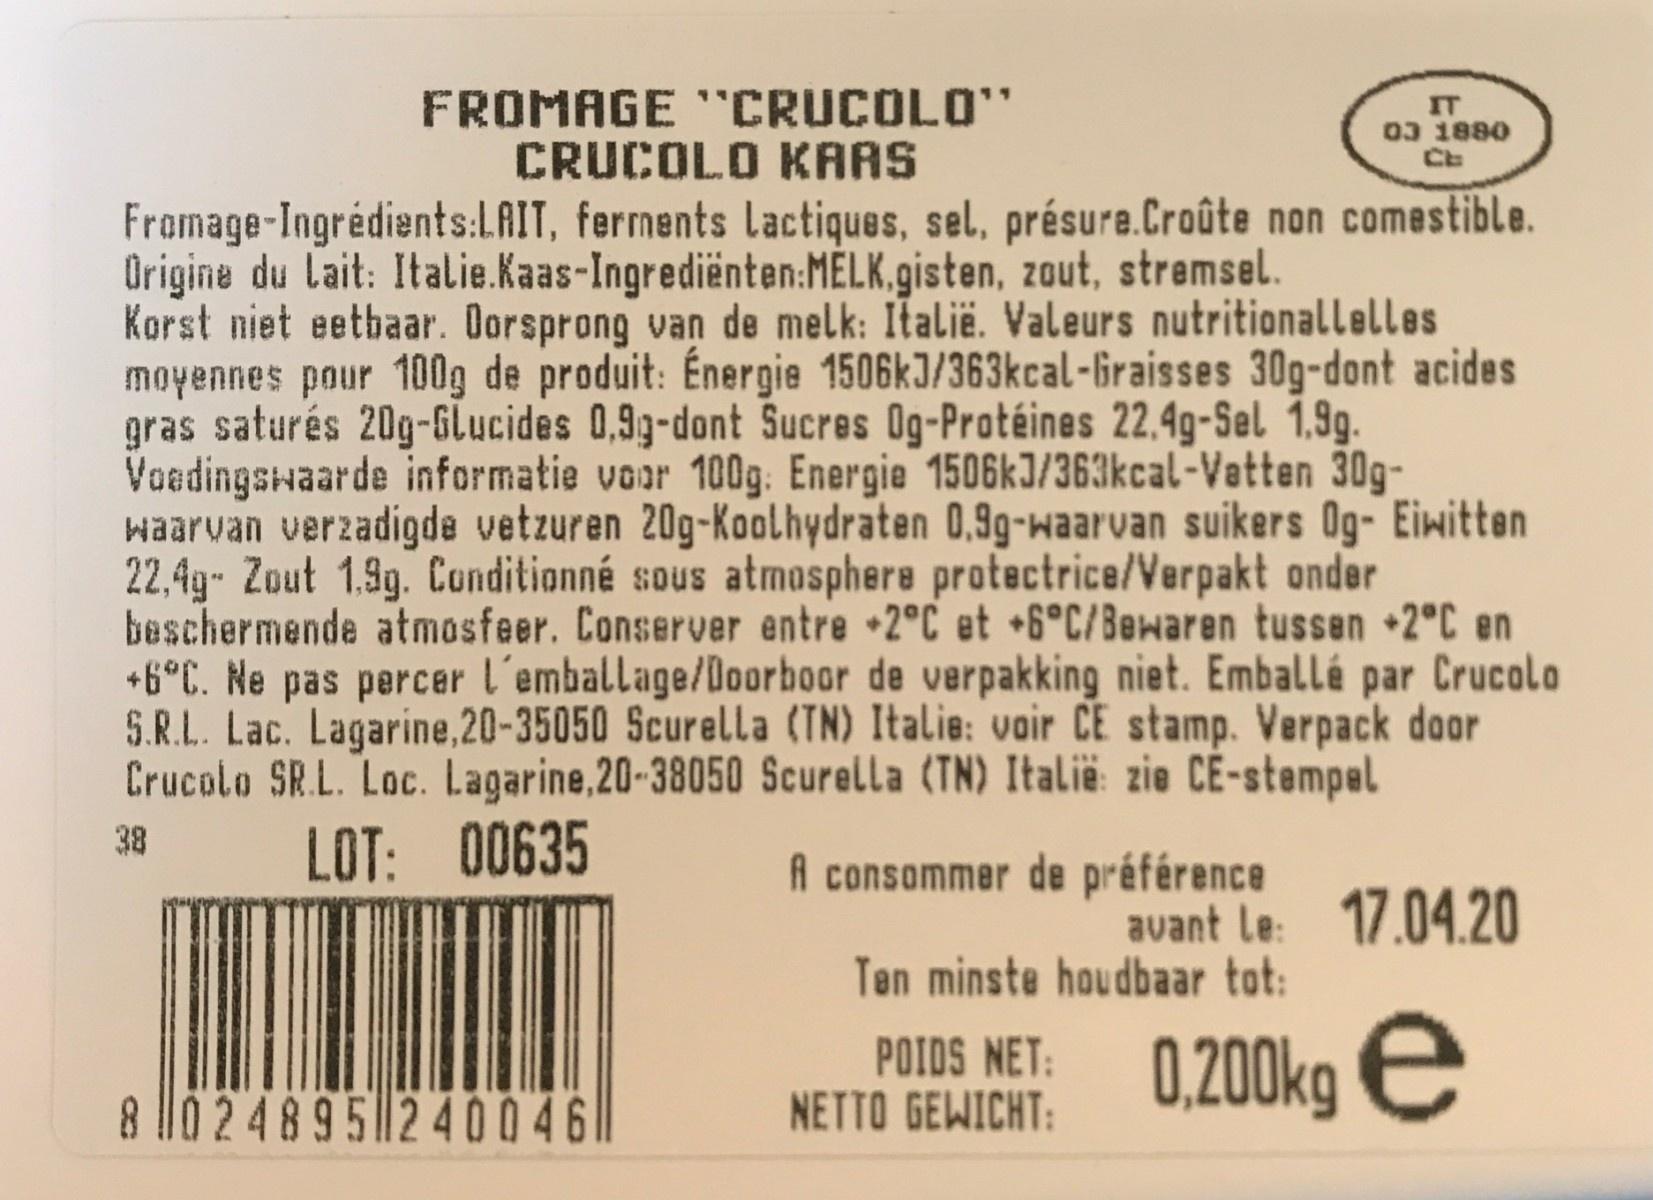
FROMAGE "CRUCOLO" CRUCOLO KAAS г 03 1880 Framage-Ingrédients:LAIT, ferments Lactiques, sel, présure.Croûte non comestible. Origine du lait: Italie.Kaas-Ingrediënten:MELK.gisten, zout, stremsel. Korst niet eetbaar. Oorsprong van de melk: Italië. Valeurs nutritionallelles moyennes pour 100g de produit: Énergie 1506kJ/363kcal-Graisses 30g-dont acides gras saturés 20g-Glucides 0,99-dont Sucres Og-Protéines 22,4g-Sel 1,9g. Voadingswaarde informatie voor 100g. Energie 1506kJ/363kcal-Vatten 30g- waarvan verzadigde vetzuren 20g-Koolhydraten 0,9g-waarvan suikers Og- Eiwitten 22,4g- Zout 1.9g. Conditionné sous atmosphere protectrice/Verpakt onder beschermende atmosfeer. Conserver entre 2°C et 6°C/Bewaren tussen +2°C en +6°C. Ne pas percer l'emballage/Doorboor de verpakking niet. Emballé par Crucolo S.R.L. Lac. Lagarine,20-35050 Scurella (TN) Italie: voir CE stamp. Verpack door Crucolo SR.L. Loc. Lagarine,20-38050 Scurella (TN) Italië: zie CE-stempel 38 LOT: 00635 A consommer de préférence avant le: 17.04.20 Ten minste houdbaar tot: POIDS NET: NETTO GEWICHT: 0,200kg e 8 l0 248 95 240046